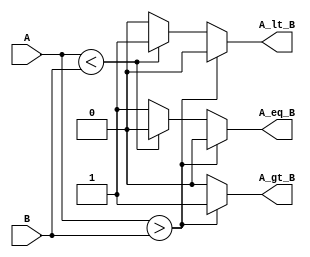
module parameterized_comparator #(
    parameter WIDTH = 8  // Default width is 8 bits
)(
    input  wire [WIDTH-1:0] A,  // Input A
    input  wire [WIDTH-1:0] B,  // Input B
    output reg  A_gt_B,          // A greater than B
    output reg  A_lt_B,          // A less than B
    output reg  A_eq_B           // A equal to B
);

always @* begin
    // Default all outputs to low
    A_gt_B = 0;
    A_lt_B = 0;
    A_eq_B = 0;

    // Comparison logic
    if (A > B) begin
        A_gt_B = 1;
    end else if (A < B) begin
        A_lt_B = 1;
    end else begin
        A_eq_B = 1;
    end
end

endmodule